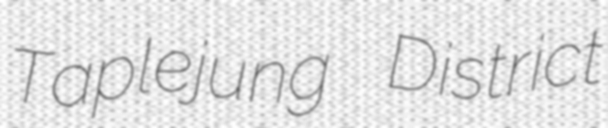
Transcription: Taplejung District